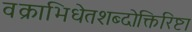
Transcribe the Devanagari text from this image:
वक्राभिधेतशब्दोक्तिरिष्टा